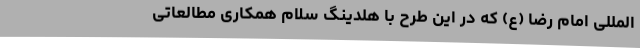
‌المللی امام رضا (ع) که در این طرح با هلدینگ سلام همکاری مطالعاتی